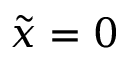
\tilde { x } = 0